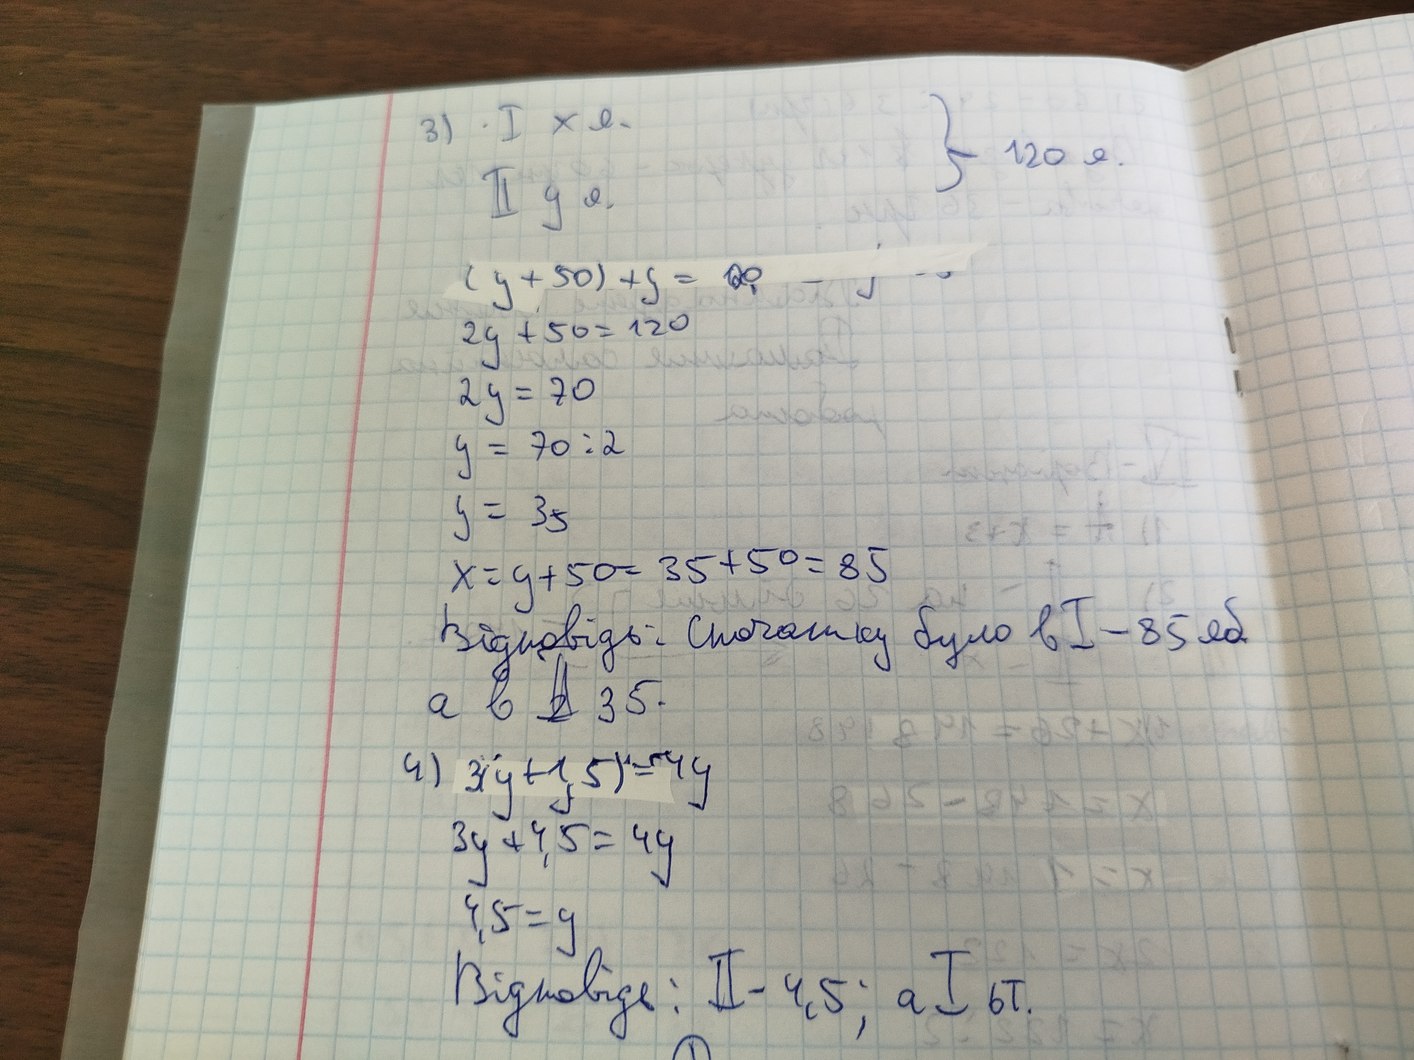
} 120 я.
II y я.
(y + 50) + y = 180
2y + 50 = 120
2y = 70
y = 70 : 2
y = 35
x = y + 50 = 35 + 50 = 85
Відповідь: Спочатку було в I - 85 яб.
a в II 35.
4) 3(y + 1,5) = 4y
3y + 4,5 = 4y
4,5 = 9
Відповідь: II - 4,5; а I 6т.